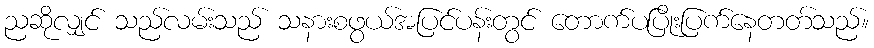
ညဆိုလျှင် သည်လမ်းသည် သနားစဖွယ်အပြင်ပန်းတွင် တောက်ပပြိုးပြက်နေတတ်သည်။